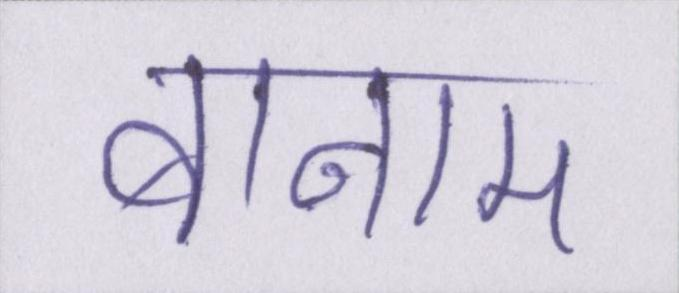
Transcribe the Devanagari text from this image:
बनाम